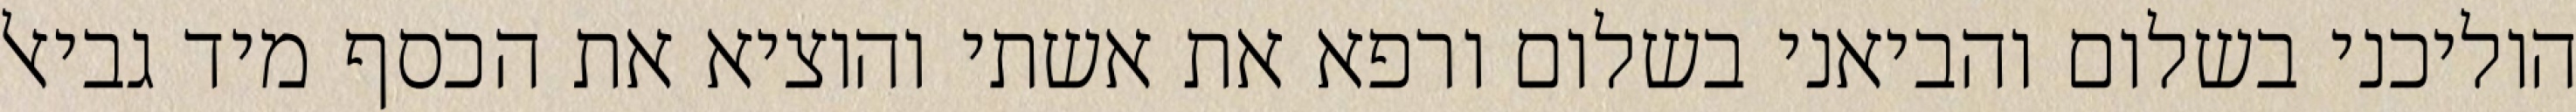
הוליכני בשלום והביאני בשלום ורפא את אשתי והוציא את הכסף מיד גביאל